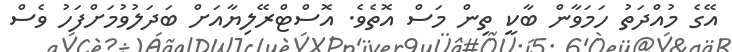
އޭގެ މުއްދަތު ހަމަވާން ބާކީ ތިން މަސް އޮތެވެ. އޮސްޓްރޭލިޔާއަށް ބަދަލުވުމަށްފަހު ވެސް